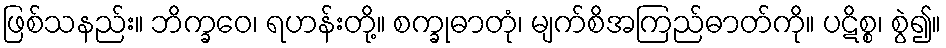
ဖြစ်သနည်း။ ဘိက္ခဝေ၊ ရဟန်းတို့။ စက္ခုဓာတုံ၊ မျက်စိအကြည်ဓာတ်ကို။ ပဋိစ္စ၊ စွဲ၍။